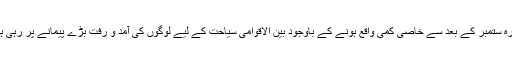
گیارہ ستمبر کے بعد سے خاصی کمی واقع ہونے کے باوجود بین الاقوامی سیاحت کے لیے لوگوں کی آمد و رفت بڑے پیمانے پر رہی ہے۔